Medical and sanitary report on the native army of Bombay for the year
Year: 1879
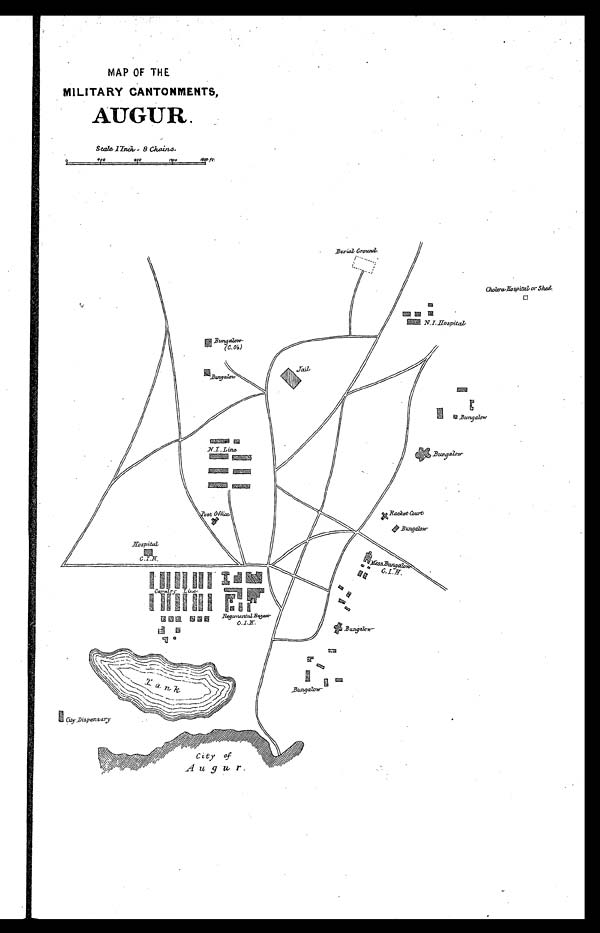
MAP OF THE
MILITARY CANTONMENTS,
AUGUR.
Scale 1 Inch = 8 Chains.